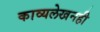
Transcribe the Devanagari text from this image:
काव्यलेखनही